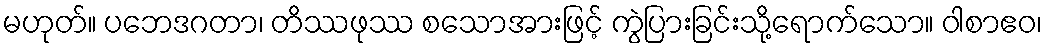
မဟုတ်။ ပဘေဒဂတာ၊ တိဿဖုဿ စသောအားဖြင့် ကွဲပြားခြင်းသို့ရောက်သော။ ဝါစာဧဝ၊